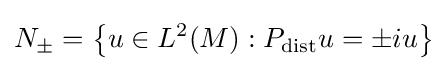
N_{\pm }=\left\{u\in L^{2}(M):P_{\operatorname {dist} }u=\pm iu\right\}